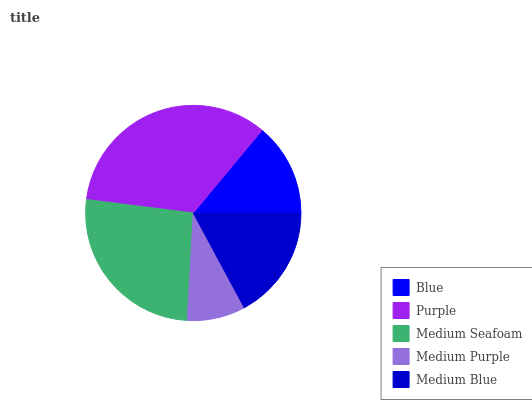
| Blue | Purple | Medium Seafoam | Medium Purple | Medium Blue |
 | --- | --- | --- | --- | --- |
 | 14% | 34% | 26.1% | 8.75% | 17.2% |